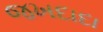
જખદાદા